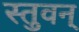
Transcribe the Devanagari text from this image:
स्तुवन्